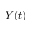
Y ( t )